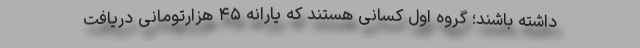
داشته باشند؛ گروه اول کسانی هستند که یارانه ۴۵ هزارتومانی دریافت